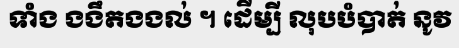
ទាំង ងងឹតងងល់ ។ ដើម្បី លុបបំបាត់ នូវ